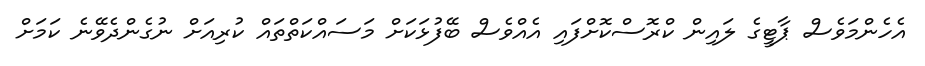
އެހެންމަވެސް ޕާޓީގެ ލައިން ކްރޮސްކޮށްފައި އެއްވެސް ބޭފުޅަކަށް މަސައްކަތްތައް ކުރިއަށް ނުގެންދެވޭނެ ކަމަށް